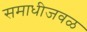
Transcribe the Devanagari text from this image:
समाधीजवळ